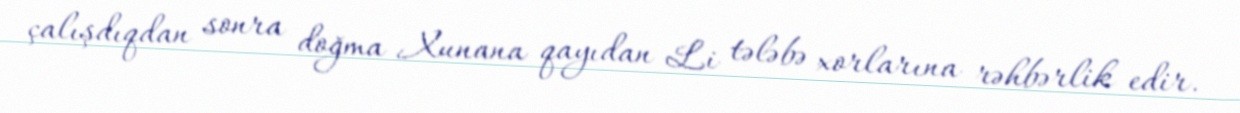
çalışdıqdan sonra doğma Xunana qayıdan Li tələbə xorlarına rəhbərlik edir.